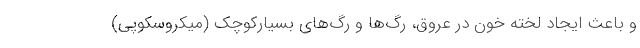
و باعث ایجاد لخته خون در عروق، رگ‌ها و رگ‌های بسیارکوچک (میکروسکوپی)